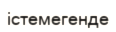
істемегенде